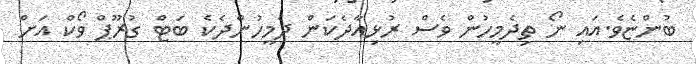
ބުންޏެވެ.އައި ނޯ ތިދެމީހުން ވެސް ރުޅިއާދެކަން ދެމީހުންދެކެ ބަޓް ގުރޫޕް ވޯކް އަށް